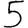
Digit: 5